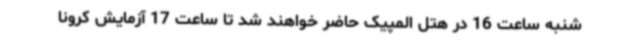
شنبه ساعت 16 در هتل المپیک حاضر خواهند شد تا ساعت 17 آزمایش کرونا